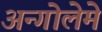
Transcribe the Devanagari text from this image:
अन्गोलेमे